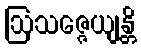
ဩသဇ္ဇေယျန္တိ